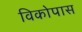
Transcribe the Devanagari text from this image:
विकोपास